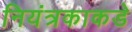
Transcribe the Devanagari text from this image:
नियंत्रकाकडे